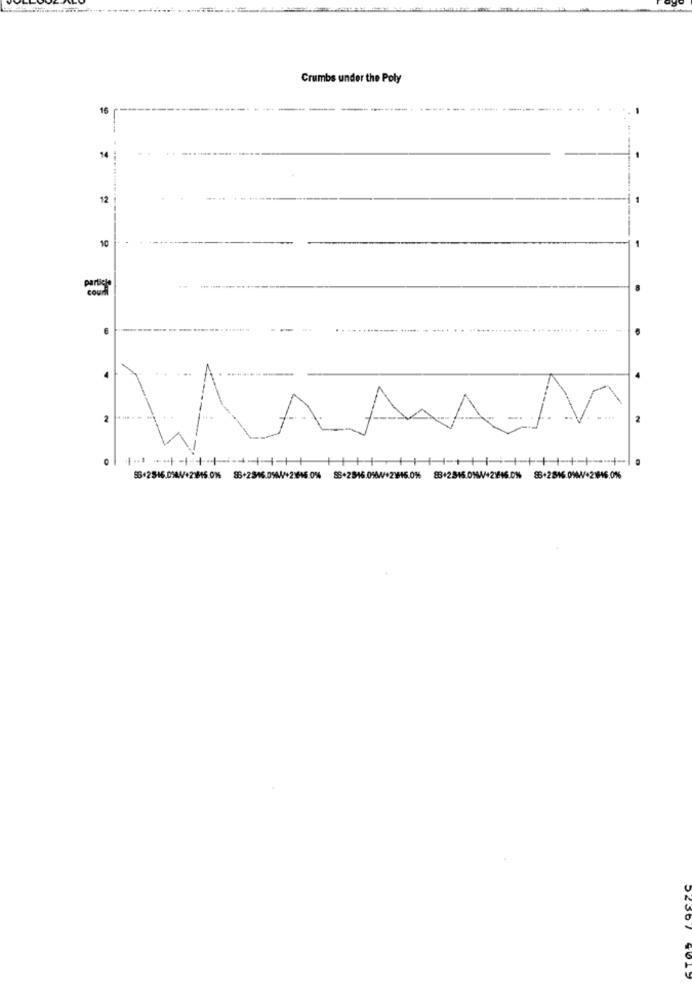
Crumbs under the Poly
12
10
2